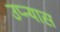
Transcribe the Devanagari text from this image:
उप्न्यास